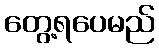
တွေ့ရပေမည်